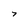
Character: 7